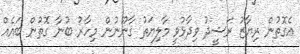
އެގޮތުން ރިޔާޒު ރަޝީދު ވިދާޅުވީ މާލިޔަތު ގާނޫނުން މިހާރު ބުނާ ގޮތުން ބައެއް